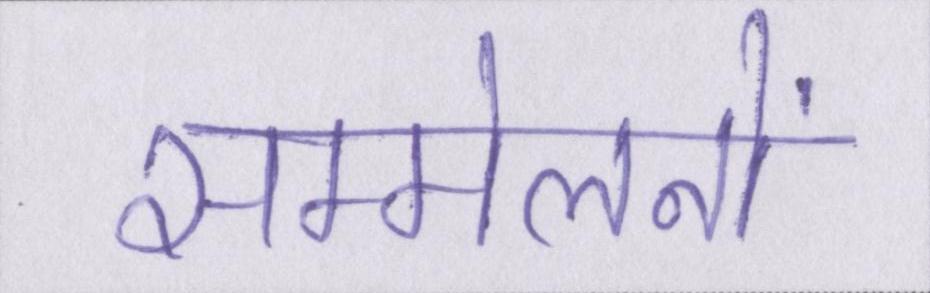
सम्मेलनों